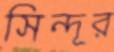
সিন্দূর